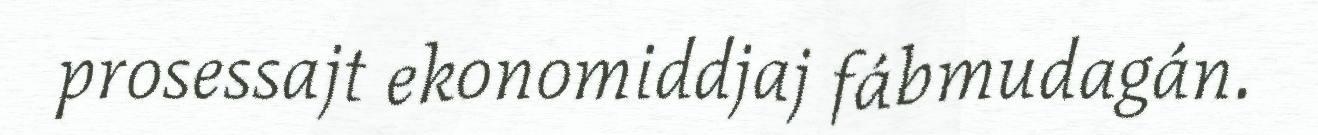
prosessajt ekonomiddjaj fábmudagán.